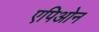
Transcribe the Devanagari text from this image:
एपिओन